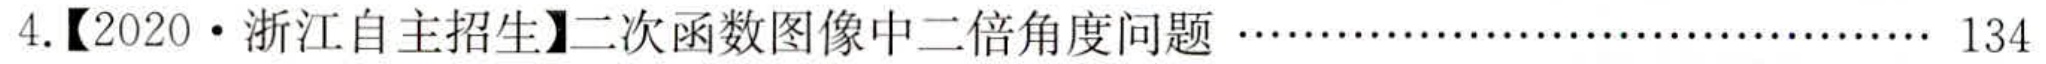
4.【2020·浙江自主招生】二次函数图像中二倍角度问题…… 134